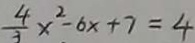
\frac { 4 } { 3 } x ^ { 2 } - 6 x + 7 = 4